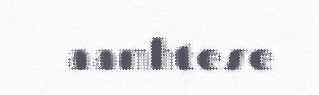
aamhtese